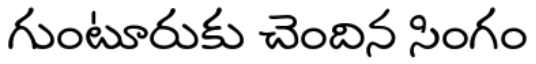
గుంటూరుకు చెందిన సింగం